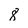
Character: 8